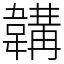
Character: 韝